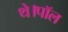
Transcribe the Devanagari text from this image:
थे।पॉल